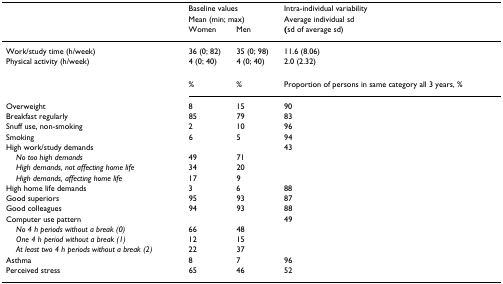
|  | <COLSPAN=2> Baseline values | Intra-individual variability |
 |  | <COLSPAN=2> Mean (min; max) | Average individual sd |
 |  | Women | Men | (sd of average sd) |
 | --- | --- | --- | --- |
 | Work/study time (h/week) | 36 (0; 82) | 35 (0; 98) | 11.6 (8.06) |
 | Physical activity (h/week) | 4 (0; 40) | 4 (0; 40) | 2.0 (2.32) |
 |  | % | % | Proportion of persons in same category all 3 years, % |
 | Overweight | 8 | 15 | 90 |
 | Breakfast regularly | 85 | 79 | 83 |
 | Snuff use, non-smoking | 2 | 10 | 96 |
 | Smoking | 6 | 5 | 94 |
 | High work/study demands |  |  | 43 |
 | No too high demands | 49 | 71 |  |
 | High demands, not affecting home life | 34 | 20 |  |
 | High demands, affecting home life | 17 | 9 |  |
 | High home life demands | 3 | 6 | 88 |
 | Good superiors | 95 | 93 | 87 |
 | Good colleagues | 94 | 93 | 88 |
 | Computer use pattern |  |  | 49 |
 | No 4 h periods without a break (0) | 66 | 48 |  |
 | One 4 h period without a break (1) | 12 | 15 |  |
 | At least two 4 h periods without a break (2) | 22 | 37 |  |
 | Asthma | 8 | 7 | 96 |
 | Perceived stress | 65 | 46 | 52 |